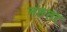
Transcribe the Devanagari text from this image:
नछतर